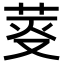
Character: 𦯘